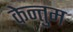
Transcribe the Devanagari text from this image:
केन्तुम